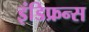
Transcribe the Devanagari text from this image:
इंडिफ्रन्स